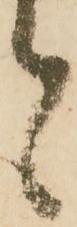
も